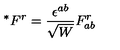
^ { \ast } F ^ { r } = \frac { \epsilon ^ { a b } } { \sqrt { W } } F _ { a b } ^ { r }